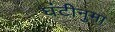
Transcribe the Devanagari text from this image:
घंटीनुमा